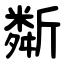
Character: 斴